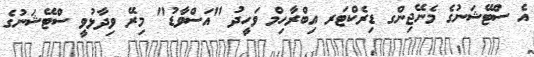
އެ ސްޓޭޝަނުގެ މެނޭޖިންގ ޑިރެކްޓަރ އިބްރާހިމް ވަހީދު "އަސްވާޑު" މިރޭ ވިދާޅުވީ ސްޓޭޝަނުގެ